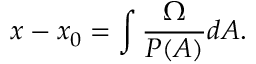
x - x _ { 0 } = \int \frac { \Omega } { P ( A ) } d A .